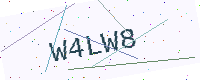
Text: W4LW8